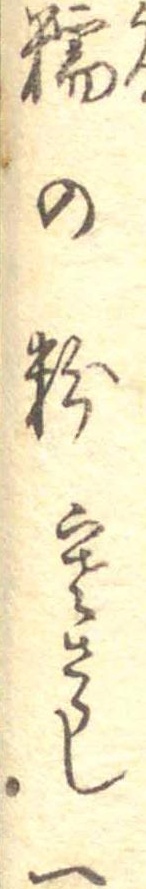
糯の粉寒さらし一